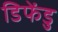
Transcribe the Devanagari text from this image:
डिफेंडु